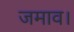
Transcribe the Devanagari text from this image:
जमाव।